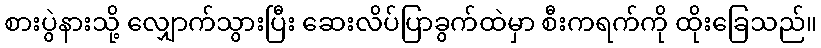
စားပွဲနားသို့ လျှောက်သွားပြီး ဆေးလိပ်ပြာခွက်ထဲမှာ စီးကရက်ကို ထိုးခြေသည်။